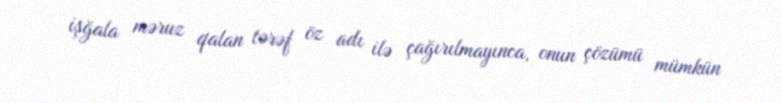
işğala məruz qalan tərəf öz adı ilə çağırılmayınca, onun çözümü mümkün